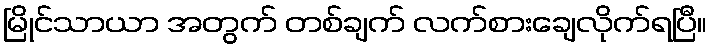
မြိုင်သာယာ အတွက် တစ်ချက် လက်စားချေလိုက်ရပြီ။